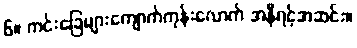
၆။ ကင်းခြေများကျောက်ကုန်းလောက် အနီရင့်အဆင်း။